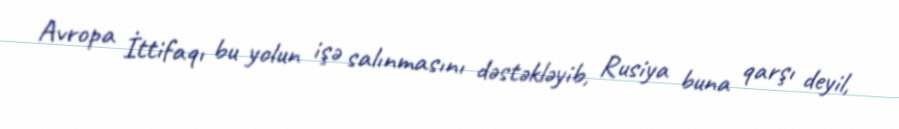
Avropa İttifaqı bu yolun işə salınmasını dəstəkləyib, Rusiya buna qarşı deyil,